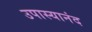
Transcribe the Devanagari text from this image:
उपास्यानंद